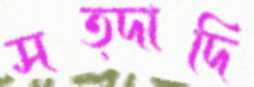
সত্দাদি